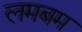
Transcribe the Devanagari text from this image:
लमबम